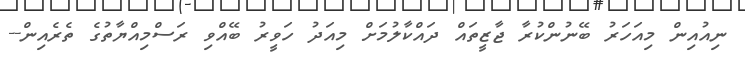
ނިއުއިން މިއަހަރު ބޭނުންކުރާ ޖާޒީތައް ދައްކާލުމަށް މިއަދު ހަވީރު ބޭއްވި ރަސްމިއްޔާތުގެ ތެރެއިން--